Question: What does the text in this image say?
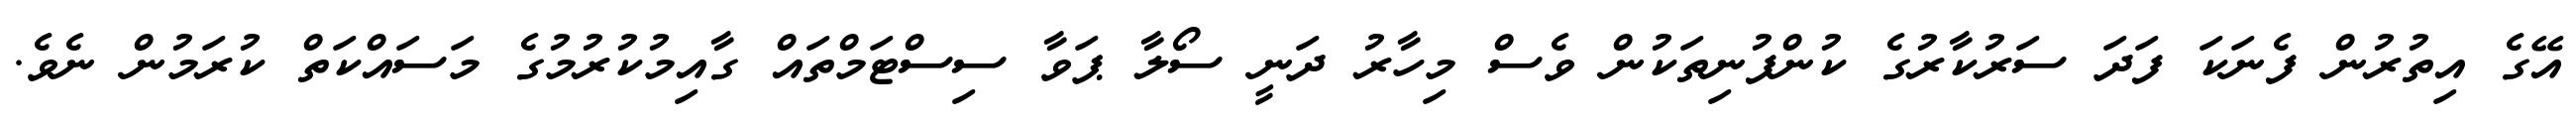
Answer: އޭގެ އިތުރުން ފެނަކަ ފަދަ ސަރުކާރުގެ ކުންފުނިތަކުން ވެސް މިހާރު ދަނީ ސޯލާ ޕަވާ ސިސްޓަމްތައް ގާއިމުކުރުމުގެ މަސައްކަތް ކުރަމުން ނެވެ.